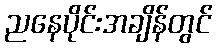
ညနေပိုင်းအချိန်တွင်